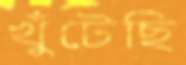
খুঁটেছি